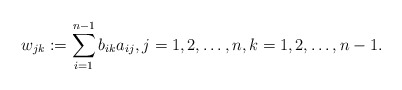
\begin{align*}w_{jk}:=\sum_{i=1}^{n-1} b_{ik}a_{ij}, j=1,2,\ldots,n, k=1,2,\ldots,n-1.\end{align*}